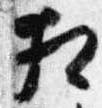
相